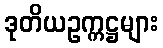
ဒုတိယဥက္ကဋ္ဌများ